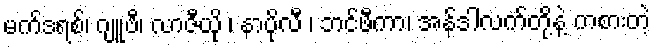
မက်ဒရစ်၊ ဂျူဗီ၊ လာဇီယို ၊ နာပိုလီ ၊ ဘင်ဖီကာ၊ အန်ဒါလက်တို့နဲ့ ကစားတဲ့